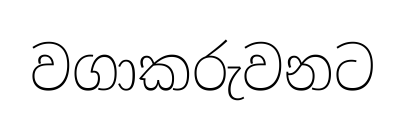
වගාකරුවනට